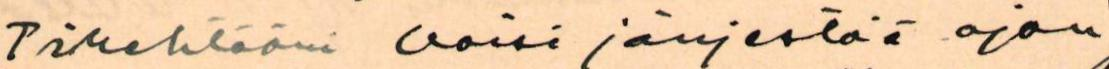
Tirehtööri voisi järjestää ajan